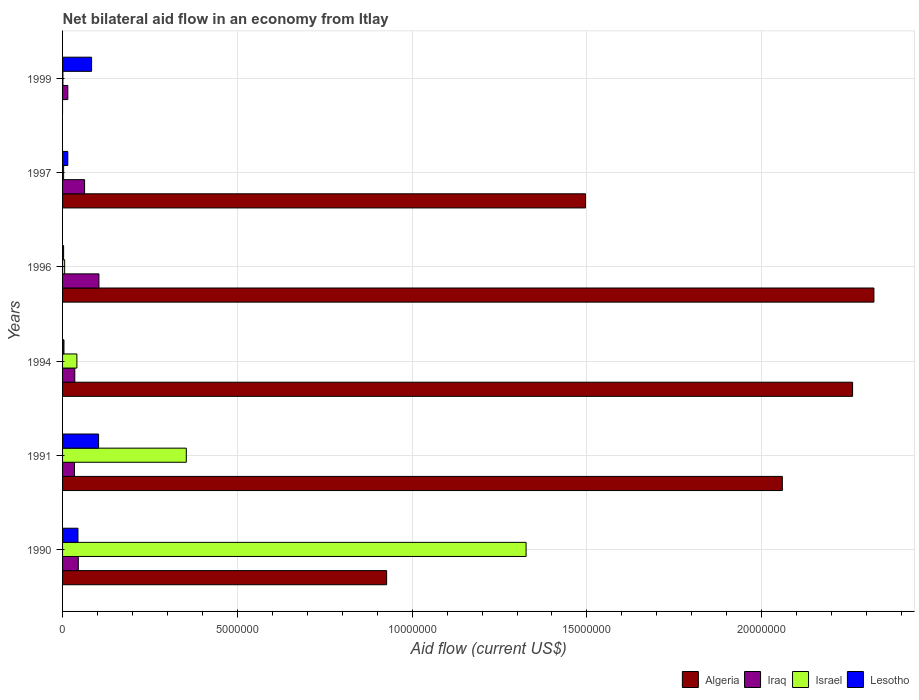
| Years | Algeria | Iraq | Israel | Lesotho |
 | --- | --- | --- | --- | --- |
 | 1990 | 9.27e+06 | 4.5e+05 | 1.33e+07 | 4.4e+05 |
 | 1991 | 2.06e+07 | 3.4e+05 | 3.54e+06 | 1.03e+06 |
 | 1994 | 2.26e+07 | 3.5e+05 | 4.1e+05 | 4e+04 |
 | 1996 | 2.32e+07 | 1.04e+06 | 6e+04 | 3e+04 |
 | 1997 | 1.5e+07 | 6.3e+05 | 3e+04 | 1.5e+05 |
 | 1999 | -3.57e+06 | 1.5e+05 | 1e+04 | 8.3e+05 |